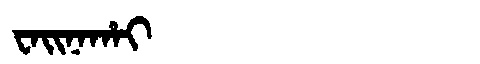
Manchu: ᠸᠠᡳᠨᠠᡥᠠᡳ
Romanization: WAINAHAI